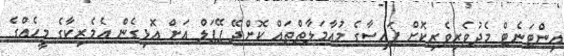
އިންޓަނެޓް މެދުވެރިވެރިކޮށް ފައިސާގެ މުއާމަލާތްތައް ކޮށްދޭ ޕޭޕަލް އަށް އޮޅިގެން އެމެރިކާގެ މީހެއްގެ